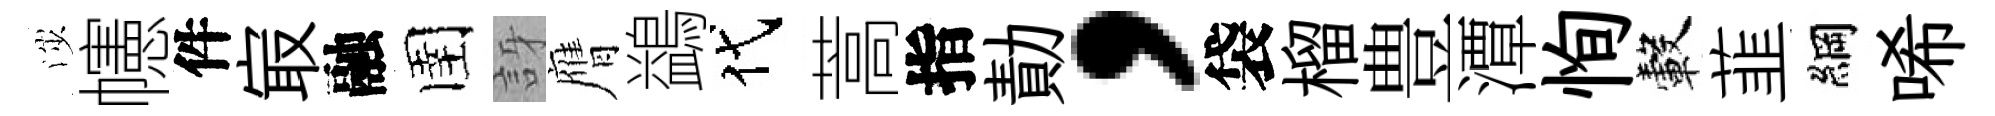
渉幰件㝡融圉訝膺鷁代蒿指勣，袋榴豊潭恂轂韮綱唏